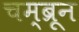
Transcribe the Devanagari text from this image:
चम्ब्रून